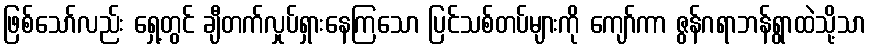
ဖြစ်သော်လည်း ရှေ့တွင် ချီတက်လှုပ်ရှားနေကြသော ပြင်သစ်တပ်များကို ကျော်ကာ ဇွန်ဂရာဘန်ရွာထဲသို့သာ